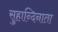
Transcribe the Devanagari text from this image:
सुहान्दिनाता